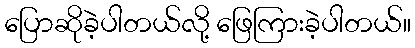
ပြောဆိုခဲ့ပါတယ်လို့ ဖြေကြားခဲ့ပါတယ်။